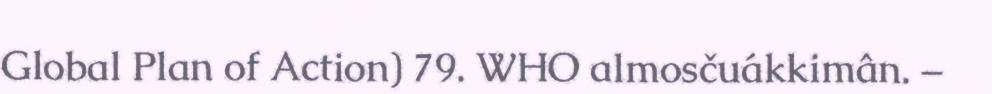
Global Plan of Action) 79. WHO almosčuákkimân. –